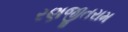
રણજીતરામ